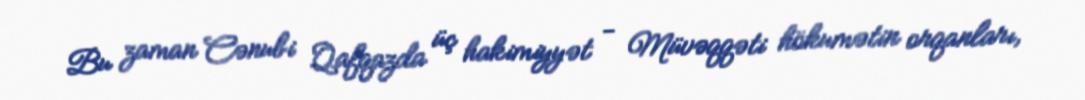
Bu zaman Cənubi Qafqazda üç hakimiyyət - Müvəqqəti hökumətin orqanları,